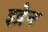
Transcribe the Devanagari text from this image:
इद्रेन